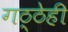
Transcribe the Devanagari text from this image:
गठ्ठेही